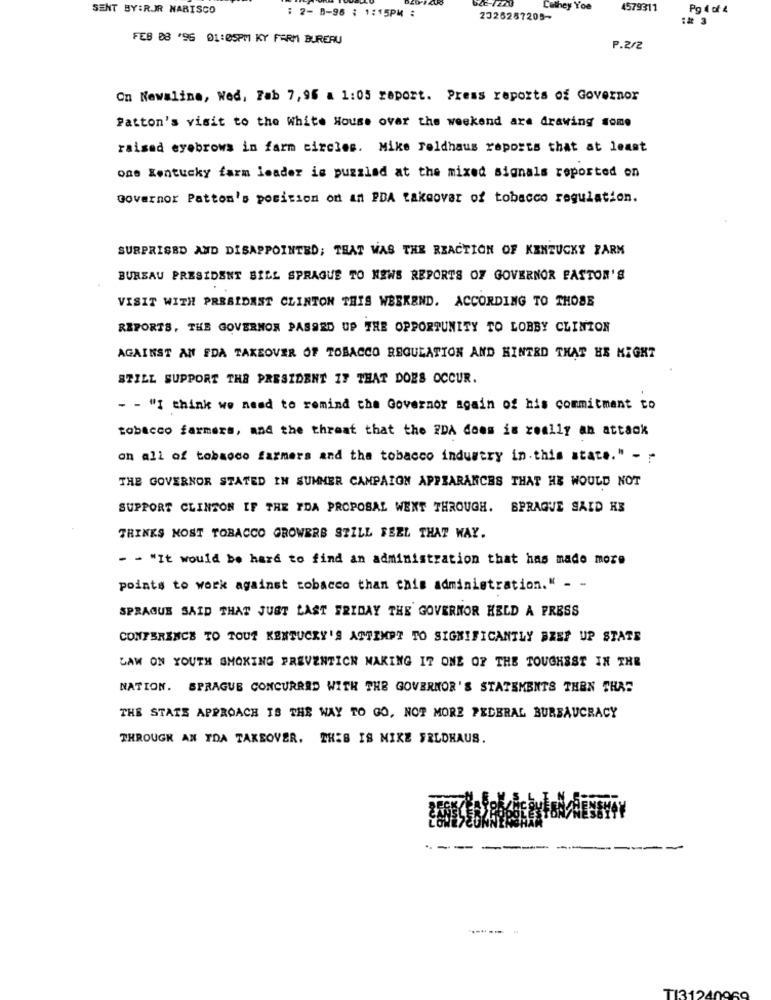
SENT BY:RJR NABISCO
Lathey Yoe
4579311
Pg 4 of 4
: 2- 8-96 : 1:15PM :
2326257205-
:# 3
FEB 08 '96 01:05PM KY FARM BUREAU
P.2/2
On Newaline, Wed, Fab 7,96 a 1:05 report. Press reports of Governor
Patton's visit to the White House over the weekend are drawing some
raised eyebrows in farm circles. Mike Feldhaus reports that at least
one Kentucky farm leader is puzzled at the mixed signals reported on
Governor Patton's position on an PDA takaovar of tobacco regulation.
SURPRISED AND DISAPPOINTED; THAT WAS THE REACTION OF KENTUCKY FARM
BUREAU PRESIDENT BILL SPRAGUE TO NEWS REPORTS OF GOVERNOR PASTOR'S
VISIT WITH PRESIDENT CLINTON THIS WEEKEND. ACCORDING TO THOSE
REPORTS, THE GOVERNOR PASSED UP THE OPPORTUNITY TO LOBBY CLINTON
AGAINST AN FDA TAKEOVER OF TOBACCO REGULATION AND HINTRD THAT HE MIGHT
STILL SUPPORT THE PRESIDENT IT THAT DOES OCCUR.
- - "I think we need to remind the Governor again of his commitment to
tobacco farmers, and the threat that the FDA does is really an attack
on all of tobacco farmers and the tobacco industry in. this state." - --
THE GOVERNOR STATED IN SUMMER CAMPAIGN APPEARANCES THAT HE WOULD NOT
SUPPORT CLINTON IF THE FDA PROPOSAL WENT THROUGH. SPRAGUE SAID HE
THINKS MOST TOBACCO GROWERS STILL FEEL THAT WAY.
- - "It would be hard to find an administration that has made more
points to work against tobacco than cais administration." - -
SPRAGUE SAID THAT JUST LAST FRIDAY THE GOVERNOR HELD À PRESS
CONFERENCE TO TOUT KENTUCKY'S ATTEMPT TO SIGNIFICANTLY BZES UP STATE
LAW ON YOUTH SMOKING PREVENTICH MAKING IT ONE OF THE TOUGHEST IN THE
NATION. SPRAGUE CONCURRRD WITH THE GOVERNOR'S STATEMENTS THEN THAT
THE STATS APPROACH IS THE WAY TO GO, NOT MORE PEDERAL BUREAUCRACY
THROUGH AN TOA TAKEOVER. THIS IS MIKE FELDHAUS.
--
------
T131240969